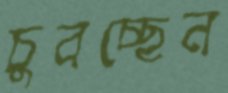
চুবচ্ছেন